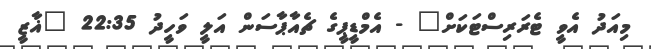
މިއަދު އެވީ ޓެރަރިސްޓަކަށް" - އެމްޑީޕީގެ ޗެއާޕާސަން އަލީ ވަހީދު 22:35 "ޣާޒީ